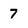
Character: 7